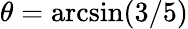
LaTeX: \theta=\arcsin(3/5)